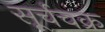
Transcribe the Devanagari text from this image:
सूर्चचक्र